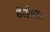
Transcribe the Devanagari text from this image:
थीओडोर